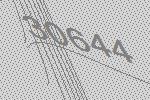
30644